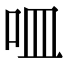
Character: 𠰘